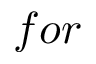
f o r